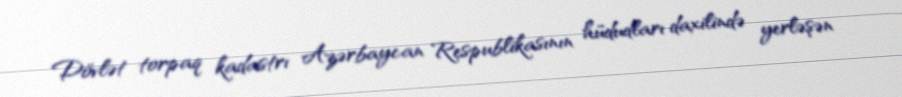
Dövlət torpaq kadastrı Azərbaycan Respublikasının hüdudları daxilində yerləşən